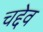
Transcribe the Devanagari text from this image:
चद्देव